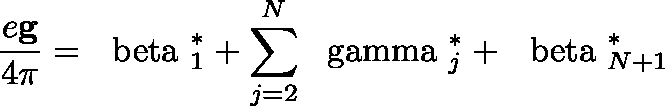
\frac { e { \bf g } } { 4 \pi } = { \mathrm { \boldmath ~ \ b e t a ~ } } _ { 1 } ^ { * } + \sum _ { j = 2 } ^ { N } { \mathrm { \boldmath ~ \ g a m m a ~ } } _ { j } ^ { * } + { \mathrm { \boldmath ~ \ b e t a ~ } } _ { N + 1 } ^ { * }